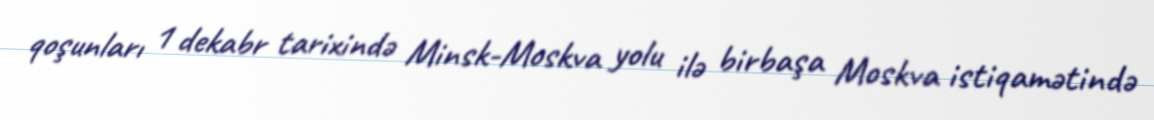
qoşunları 1 dekabr tarixində Minsk-Moskva yolu ilə birbaşa Moskva istiqamətində